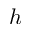
h